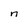
Character: n